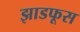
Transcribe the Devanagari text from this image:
झाडफूस